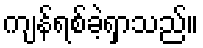
ကျန်ရစ်ခဲ့ရှာသည်။